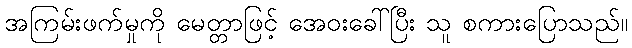
အကြမ်းဖက်မှုကို မေတ္တာဖြင့် အေဝးခေါ်ပြီး သူ စကားပြောသည်။